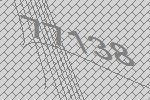
77138